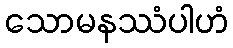
သောမနဿံပါဟံ